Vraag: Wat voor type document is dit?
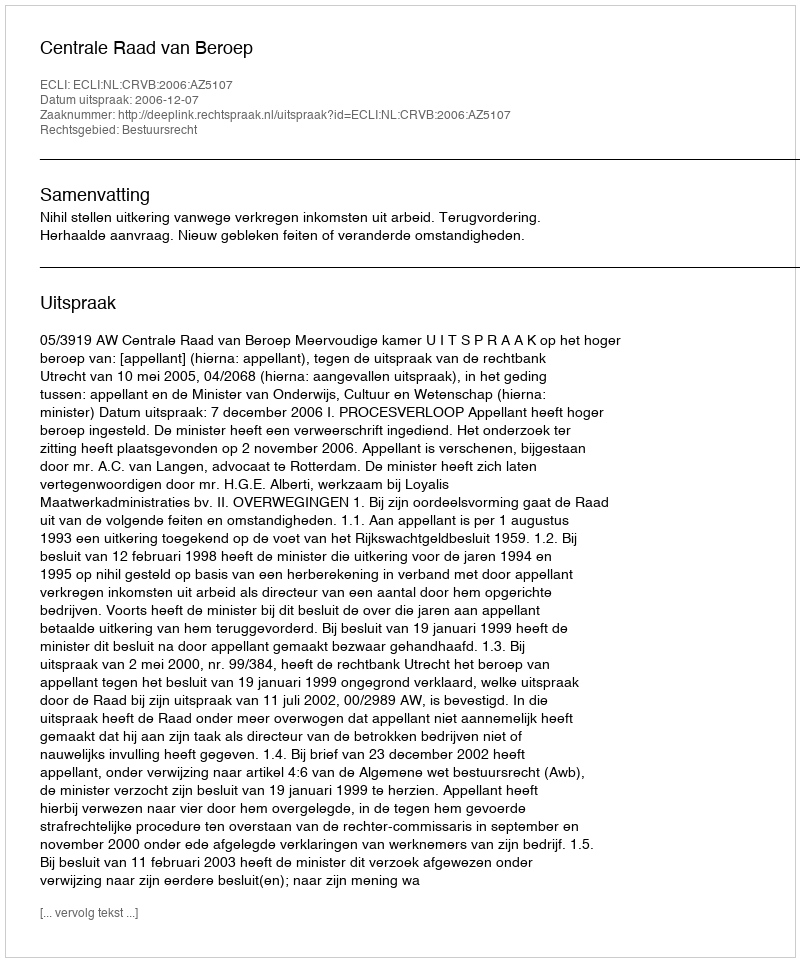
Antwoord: Uitspraak